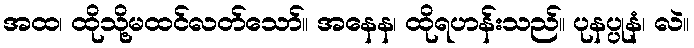
အထ၊ ထိုသို့မထင်လတ်သော်။ အနေန၊ ထိုရဟန်းသည်။ ပုနပ္ပုနံ၊ လဲ။